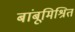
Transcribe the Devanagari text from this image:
बांबूमिश्रित